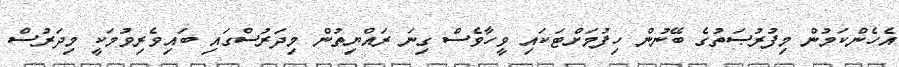
އެހެންކަމުން މިފުރުޞަތުގެ ބޭނުން ހިފުމަށްޓަކައި ވީހާވެސް ގިނަ ރައްޔިތުން މިދަރުސްގައި ބައިވެރިވުމަކީ މިދަރުސް